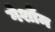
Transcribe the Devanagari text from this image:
गेर्शौम